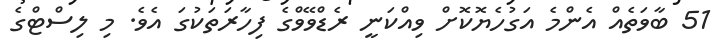
51 ބާވަތެއް އެންމެ އަގުހެޔޮކޮށް ވިއްކަނީ ރެޑްވޭވްގެ ފިހާރަތަކުގަ އެވެ. މި ލިސްޓްގެ